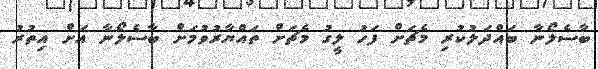
ބާސެލޯނާ ބައްދަލުކުރި މެޗަށް ފަހު ލީގު މެޗަށް ތައްޔާރުވުމަށް ބާސެލޯނާ އަށް އިތުރު